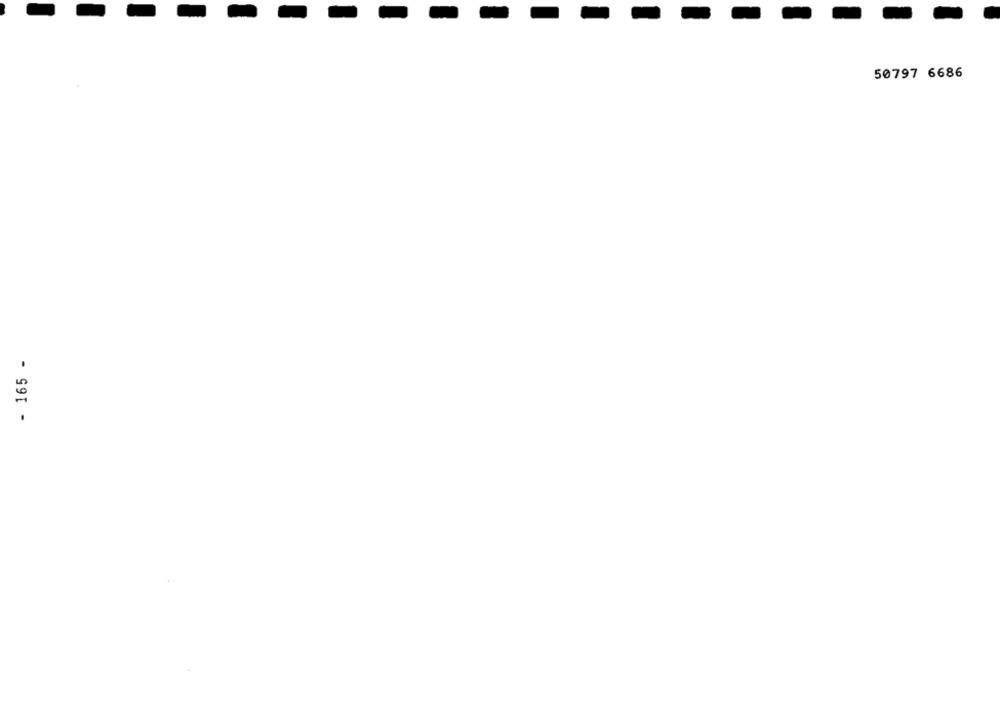
50797 6686
- 165 -